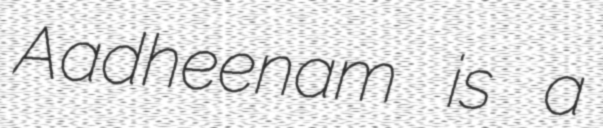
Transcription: Aadheenam is a